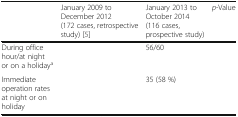
<table><thead><tr><td>[EMPTY_CELL]</td><td><b>January 2009 to December 2012 (172 cases, retrospective study) [5]</b></td><td><b>January 2013 to October 2014 (116 cases, prospective study)</b></td><td><b><i>p</i>-Value</b></td></tr></thead><tbody><tr><td>During office hour/at night or on a holiday<sup>a</sup></td><td>[EMPTY_CELL]</td><td>56/60</td><td>[EMPTY_CELL]</td></tr><tr><td>Immediate operation rates at night or on holiday</td><td>[EMPTY_CELL]</td><td>35 (58 %)</td><td>[EMPTY_CELL]</td></tr></tbody></table>